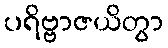
ပရိဗ္ဗာဇယိတွာ